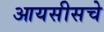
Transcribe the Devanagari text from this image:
आयसीसचे